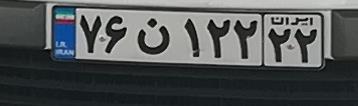
۷۶ن۱۲۲۲۲